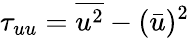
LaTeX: \tau_{uu}=\overline{{u^{2}}}-(\bar{u})^{2}